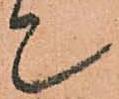
て